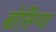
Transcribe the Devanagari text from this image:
बोसिंग्वा